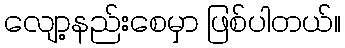
လျော့နည်းစေမှာ ဖြစ်ပါတယ်။